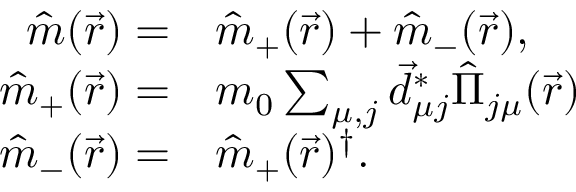
\begin{array} { r l } { \hat { m } ( \vec { r } ) = } & { { } \hat { m } _ { + } ( \vec { r } ) + \hat { m } _ { - } ( \vec { r } ) , } \\ { \hat { m } _ { + } ( \vec { r } ) = } & { { } m _ { 0 } \sum _ { \mu , j } \vec { d } _ { \mu j } ^ { * } \hat { \Pi } _ { j \mu } ( \vec { r } ) } \\ { \hat { m } _ { - } ( \vec { r } ) = } & { { } \hat { m } _ { + } ( \vec { r } ) ^ { \dagger } . } \end{array}